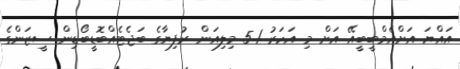
އައްޔަ އަށްއެމްބީބީއޭ އަށް މި އަހަރު 5.1 މިލިއަން ރުފިޔާގެ ބަޖެޓެއްބޮޑީބޯޑިން ސީޒަންގެ